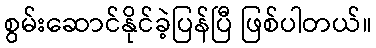
စွမ်းဆောင်နိုင်ခဲ့ပြန်ပြီ ဖြစ်ပါတယ်။